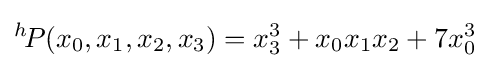
^{h}\!P(x_{0},x_{1},x_{2},x_{3})=x_{3}^{3}+x_{0}x_{1}x_{2}+7x_{0}^{3}